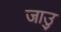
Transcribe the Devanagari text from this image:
जाउु